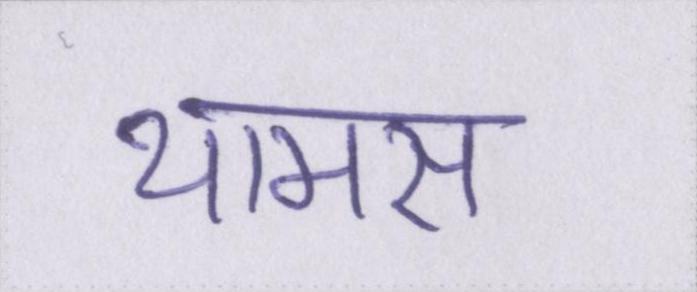
थामस